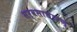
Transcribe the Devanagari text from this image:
सर्वसाधारण्